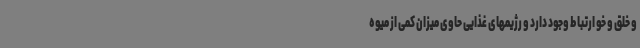
و خلق و خو ارتباط وجود دارد و رژیمهای غذایی حاوی میزان کمی از میوه